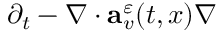
\partial _ { t } - \nabla \cdot \mathbf { a } _ { v } ^ { \varepsilon } ( t , x ) \nabla